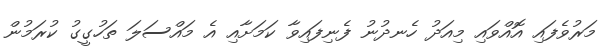
މަރުވެފައި އޮއްވައި މިއަދު ހެނދުނު ފެނިފައިވާ ކަމަށާއި އެ މައްސަލަ ތަހުގީގު ކުރަމުން